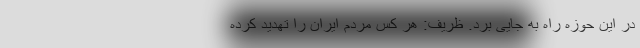
در این حوزه راه به جایی برد. ظریف: هر کس مردم ایران را تهدید کرده